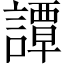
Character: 譚